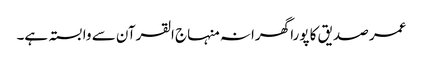
عمر صدیق کا پورا گھرانہ منہاج القرآن سے وابستہ ہے۔